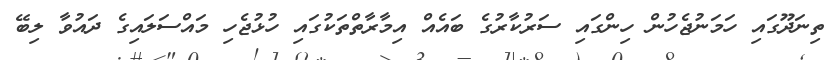
ތިނަދޫގައި ހަމަނުޖެހުން ހިންގައި ސަރުކާރުގެ ބައެއް އިމާރާތްތަކުގައި ހުޅުޖެހި މައްސަލައިގެ ދައުވާ ލިބޭ